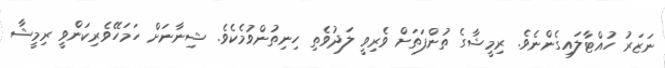
ނަޒަރު ހުއްޓާލައިގެންނެވެ. ރިމީޝާގެ ތުންފަތަށް ވެރިވީ ލަދުވެތި ހިނިތުންވުމެކެވެ. ޝިނާނަށް ހަމަހޭވެރިކަންވީ ރިމީޝާ